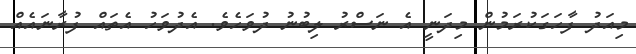
މިއަދު ފާހަގަކުރަމުން މިދަނީ އެ ނަސްރު ލިބުނު ދުވަހެވެ. އެދުވަހު އެތައް ފުރާނައެއް